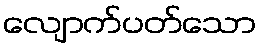
လျောက်ပတ်သော